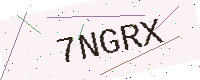
Text: 7NGRX